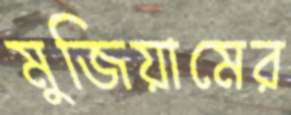
মুজিয়ামের